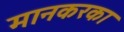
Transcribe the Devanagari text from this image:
मानकरका